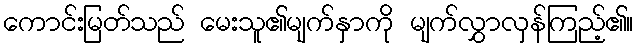
ကောင်းမြတ်သည် မေးသူ၏မျက်နှာကို မျက်လွှာလှန်ကြည့်၏။